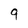
Character: 9